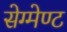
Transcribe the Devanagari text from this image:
सेग्मेण्ट